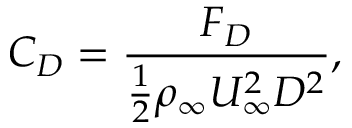
C _ { D } = \frac { F _ { D } } { \frac { 1 } { 2 } \rho _ { \infty } U _ { \infty } ^ { 2 } D ^ { 2 } } ,